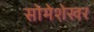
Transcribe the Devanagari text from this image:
सोमेशेखर